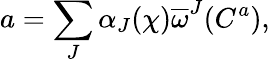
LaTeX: a=\sum_{J}\alpha_{J}(\chi)\overline{{{\omega}}}^{J}(C^{a}),